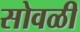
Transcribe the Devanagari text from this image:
सोवळी